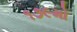
૧૭૯મો